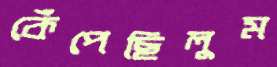
কেঁপেছিলুম